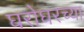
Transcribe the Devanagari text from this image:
घरोघरच्या